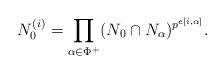
LaTeX: \begin{align*}N_0^{(i)}=\prod_{\alpha\in\Phi^+}(N_0\cap N_{\alpha})^{p^{e[i,\alpha]}}.\end{align*}